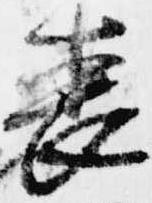
着